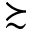
\succsim